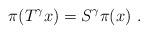
LaTeX: \begin{align*}\pi(T^{\gamma}x)=S^{\gamma}\pi(x) \ .\end{align*}